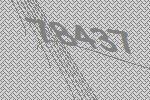
78437